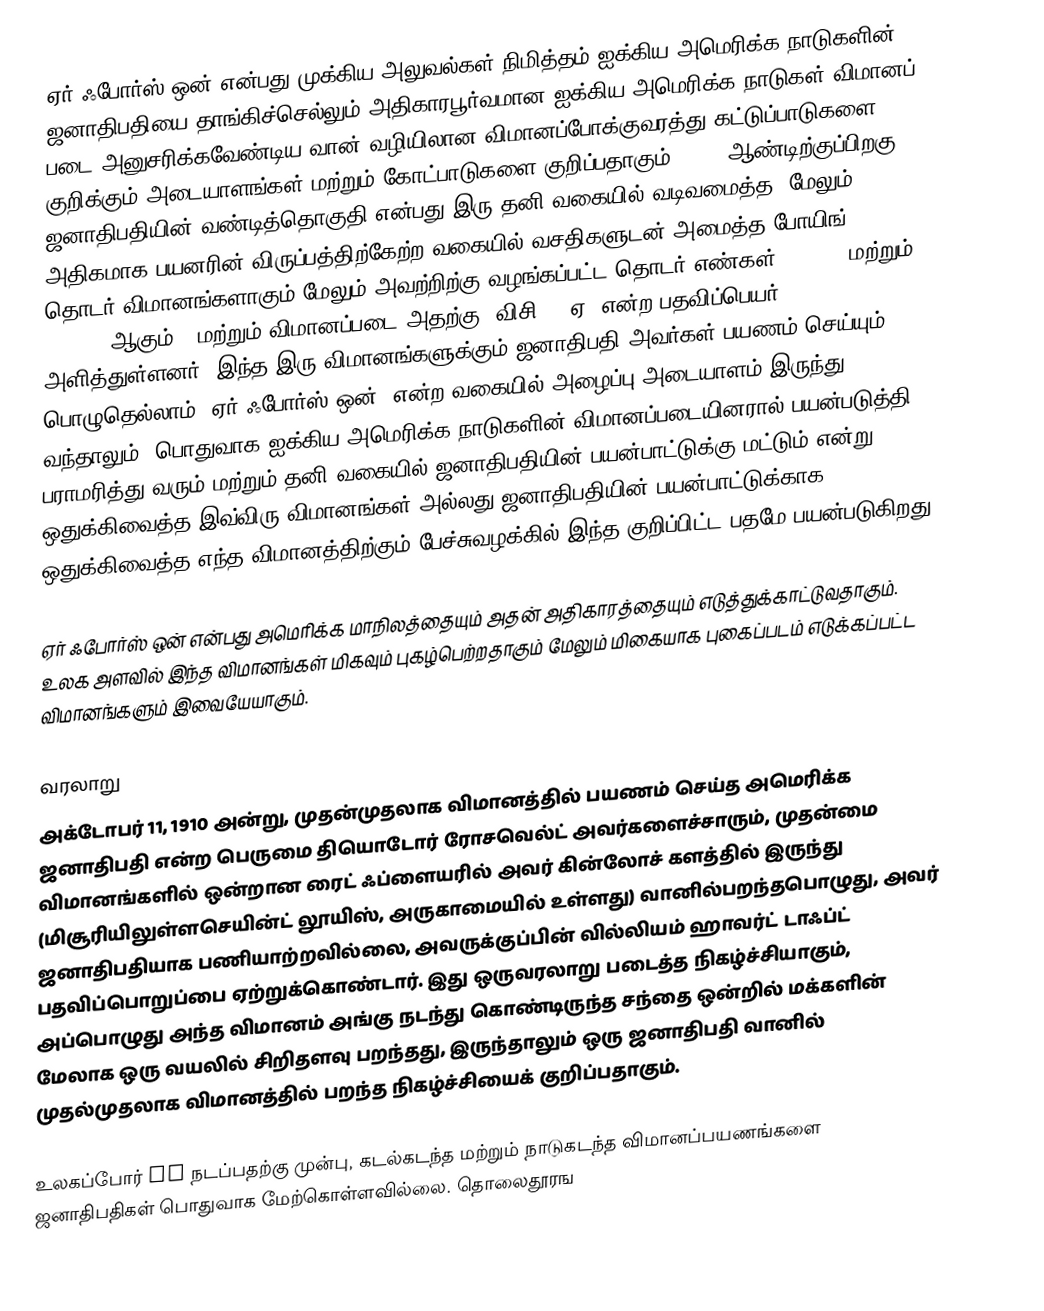
ஏர் ஃபோர்ஸ் ஒன் என்பது முக்கிய அலுவல்கள் நிமித்தம் ஐக்கிய அமெரிக்க நாடுகளின் ஜனாதிபதியை தாங்கிச்செல்லும் அதிகாரபூர்வமான ஐக்கிய அமெரிக்க நாடுகள் விமானப் படை அனுசரிக்கவேண்டிய வான் வழியிலான விமானப்போக்குவரத்து கட்டுப்பாடுகளை குறிக்கும் அடையாளங்கள் மற்றும் கோட்பாடுகளை குறிப்பதாகும். 1990 ஆண்டிற்குப்பிறகு, ஜனாதிபதியின் வண்டித்தொகுதி என்பது இரு தனி வகையில் வடிவமைத்த, மேலும் அதிகமாக பயனரின் விருப்பத்திற்கேற்ற வகையில் வசதிகளுடன் அமைத்த போயிங் 747-200B தொடர் விமானங்களாகும் மேலும் அவற்றிற்கு வழங்கப்பட்ட தொடர் எண்கள் "28000" மற்றும் "29000" ஆகும் — மற்றும் விமானப்படை அதற்கு "விசி -25ஏ" என்ற பதவிப்பெயர் அளித்துள்ளனர். இந்த இரு விமானங்களுக்கும் ஜனாதிபதி அவர்கள் பயணம் செய்யும் பொழுதெல்லாம் "ஏர் ஃபோர்ஸ் ஒன்" என்ற வகையில் அழைப்பு அடையாளம் இருந்து வந்தாலும், பொதுவாக ஐக்கிய அமெரிக்க நாடுகளின் விமானப்படையினரால் பயன்படுத்தி பராமரித்து வரும் மற்றும் தனி வகையில் ஜனாதிபதியின் பயன்பாட்டுக்கு மட்டும் என்று ஒதுக்கிவைத்த இவ்விரு விமானங்கள் அல்லது ஜனாதிபதியின் பயன்பாட்டுக்காக ஒதுக்கிவைத்த எந்த விமானத்திற்கும் பேச்சுவழக்கில் இந்த குறிப்பிட்ட பதமே பயன்படுகிறது.

ஏர் ஃபோர்ஸ் ஒன் என்பது அமெரிக்க மாநிலத்தையும் அதன் அதிகாரத்தையும் எடுத்துக்காட்டுவதாகும். உலக அளவில் இந்த விமானங்கள் மிகவும் புகழ்பெற்றதாகும் மேலும் மிகையாக புகைப்படம் எடுக்கப்பட்ட விமானங்களும் இவையேயாகும்.

வரலாறு
அக்டோபர் 11, 1910 அன்று, முதன்முதலாக விமானத்தில் பயணம் செய்த அமெரிக்க ஜனாதிபதி என்ற பெருமை தியொடோர் ரோசவெல்ட் அவர்களைச்சாரும், முதன்மை விமானங்களில் ஒன்றான ரைட் ஃப்ளையரில் அவர் கின்லோச் களத்தில் இருந்து (மிசூரியிலுள்ளசெயின்ட் லூயிஸ், அருகாமையில் உள்ளது) வானில்பறந்தபொழுது, அவர் ஜனாதிபதியாக பணியாற்றவில்லை, அவருக்குப்பின் வில்லியம் ஹாவர்ட் டாஃப்ட் பதவிப்பொறுப்பை ஏற்றுக்கொண்டார். இது ஒருவரலாறு படைத்த நிகழ்ச்சியாகும், அப்பொழுது அந்த விமானம் அங்கு நடந்து கொண்டிருந்த சந்தை ஒன்றில் மக்களின் மேலாக ஒரு வயலில் சிறிதளவு பறந்தது, இருந்தாலும் ஒரு ஜனாதிபதி வானில் முதல்முதலாக விமானத்தில் பறந்த நிகழ்ச்சியைக் குறிப்பதாகும்.

உலகப்போர் II நடப்பதற்கு முன்பு, கடல்கடந்த மற்றும் நாடுகடந்த விமானப்பயணங்களை ஜனாதிபதிகள் பொதுவாக மேற்கொள்ளவில்லை. தொலைதூரங